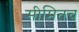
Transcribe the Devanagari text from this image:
सीमितच